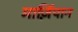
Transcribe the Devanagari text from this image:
मार्ज़िपान